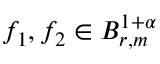
f _ { 1 } , f _ { 2 } \in B _ { r , m } ^ { 1 + \alpha }